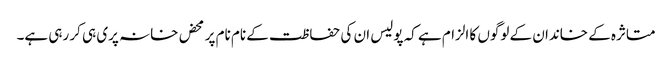
متاثرہ کے خاندان کے لوگوں کا الزام ہے کہ پولیس ان کی حفاظت کے نام نام پر محض خانہ پری ہی کر رہی ہے۔